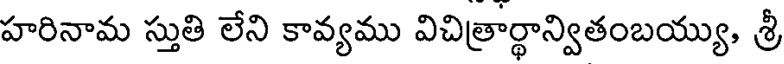
హరినామ స్తుతి లేని కావ్యము విచిత్రార్థాన్వితంబయ్యు, శ్రీ